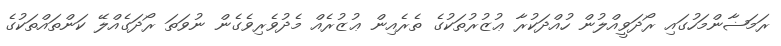
ރަމަޟާންމަހުގައި ރޯދަވީއްލުން ހުއްދަކުރާ ޢުޒުރުތަކުގެ ތެރެއިން ޢުޒުރެއް މެދުވެރިވެގެން ނުވަތަ ރޯދަގެއްލޭ ކަންތައްތަކުގެ